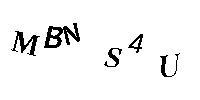
MBNS4U